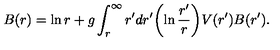
B ( r ) = \ln r + g \int _ { r } ^ { \infty } r ^ { \prime } d r ^ { \prime } \biggl ( \ln { \frac { r ^ { \prime } } { r } } \biggr ) V ( r ^ { \prime } ) B ( r ^ { \prime } ) .